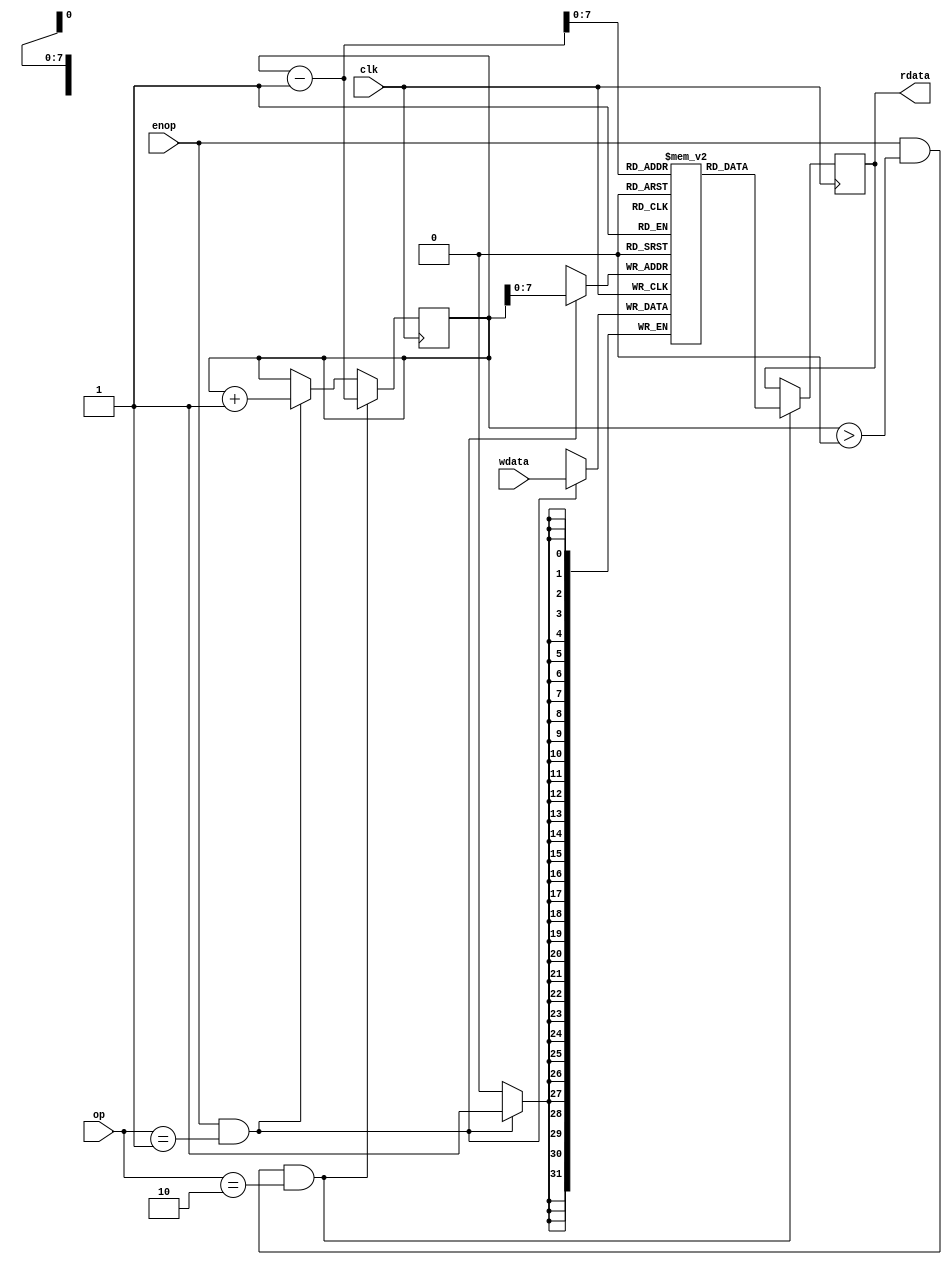
`timescale 1ns / 1ps

/*
	safe region 
	
	
	:
		0)
			op == 8'd0
			
		1)(sm_op:stack mem operation)
			op == 8'd1	smpush	//wdatastack mem
			op == 8'd2	smpop	//stack memrdata
			
		2)
			mem
	
*/

module safe_region(
		input clk,
		input enop,					//
		input [7:0] op,				//
		input [31:0] wdata,			// 
		output reg [31:0] rdata   	// 
	);
	
	//
	parameter smpush=8'd1;
	parameter smpop=8'd2;
	
	//1)
	parameter integer STACK_MEM_SIZE=256;			//256*4B
	reg [31:0] stack_mem [0:STACK_MEM_SIZE-1];		//
	reg [31:0] stack_index;		//
	
	initial begin
		stack_index = 32'h0;
	end

	always @(posedge clk) begin
		//smpush
		if (enop && op == smpush) begin
			stack_mem[stack_index] <= wdata;
			stack_index <= stack_index + 1;
		end
		//smpop
		if (enop && stack_index > 0 && op == smpop) begin
			rdata <= stack_mem[stack_index -1];
			stack_index <= stack_index - 1;
		end
	end

	//2)

endmodule